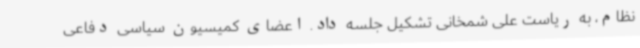
نظام، به ریاست علی شمخانی تشکیل جلسه داد. اعضای کمیسیون سیاسی دفاعی